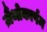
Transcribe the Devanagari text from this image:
ज़ैंथोकार्पम